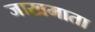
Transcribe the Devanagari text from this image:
जाखमाता